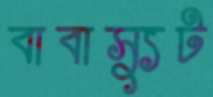
বাবাস্যুট